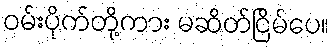
ဝမ်းပိုက်တို့ကား မဆိတ်ငြိမ်ပေ။